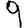
Digit: 9